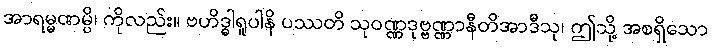
အာရမ္မဏမ္ပိ၊ ကိုလည်း။ ဗဟိဒ္ဓါရူပါနိ ပဿတိ သုဝဏ္ဏဒုဗ္ဗဏ္ဏာနီတိအာဒီသု၊ ဤသို့ အစရှိသော